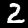
Label: 2